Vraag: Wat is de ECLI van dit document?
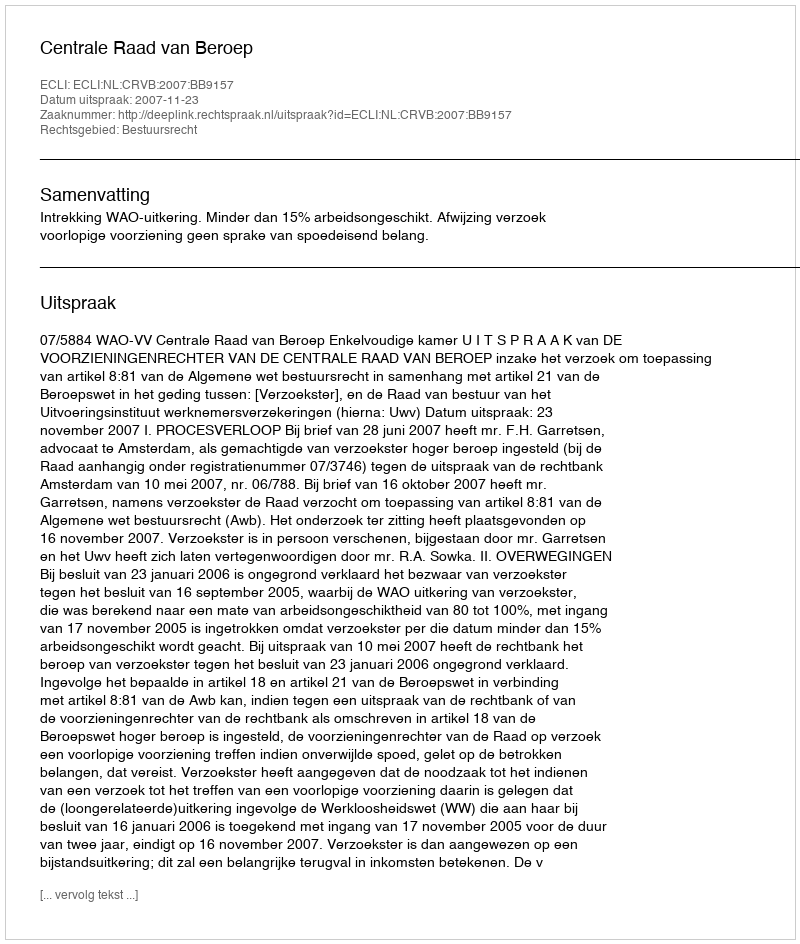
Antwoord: ECLI:NL:CRVB:2007:BB9157